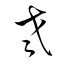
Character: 老